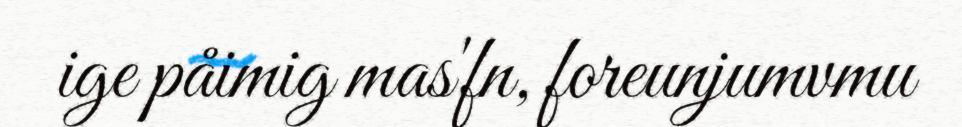
ige påimig mas'fn, foreunjumvmu